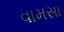
વામસા